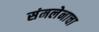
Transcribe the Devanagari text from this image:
संमलेनाचा